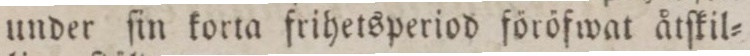
under ſin korta frihetsperiod föröfwat åtſkil=